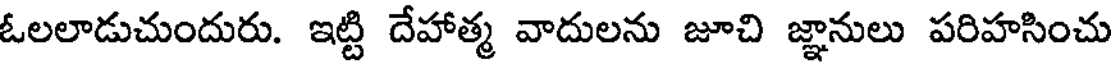
ఓలలాడుచుందురు. ఇట్టి దేహాత్మ వాదులను జూచి జ్ఞానులు పరిహసించు